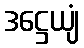
ဒဋ္ဌေယျံ